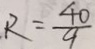
R = \frac { 4 0 } { 9 }